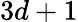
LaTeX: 3d+1